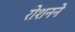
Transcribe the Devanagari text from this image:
रोशनने